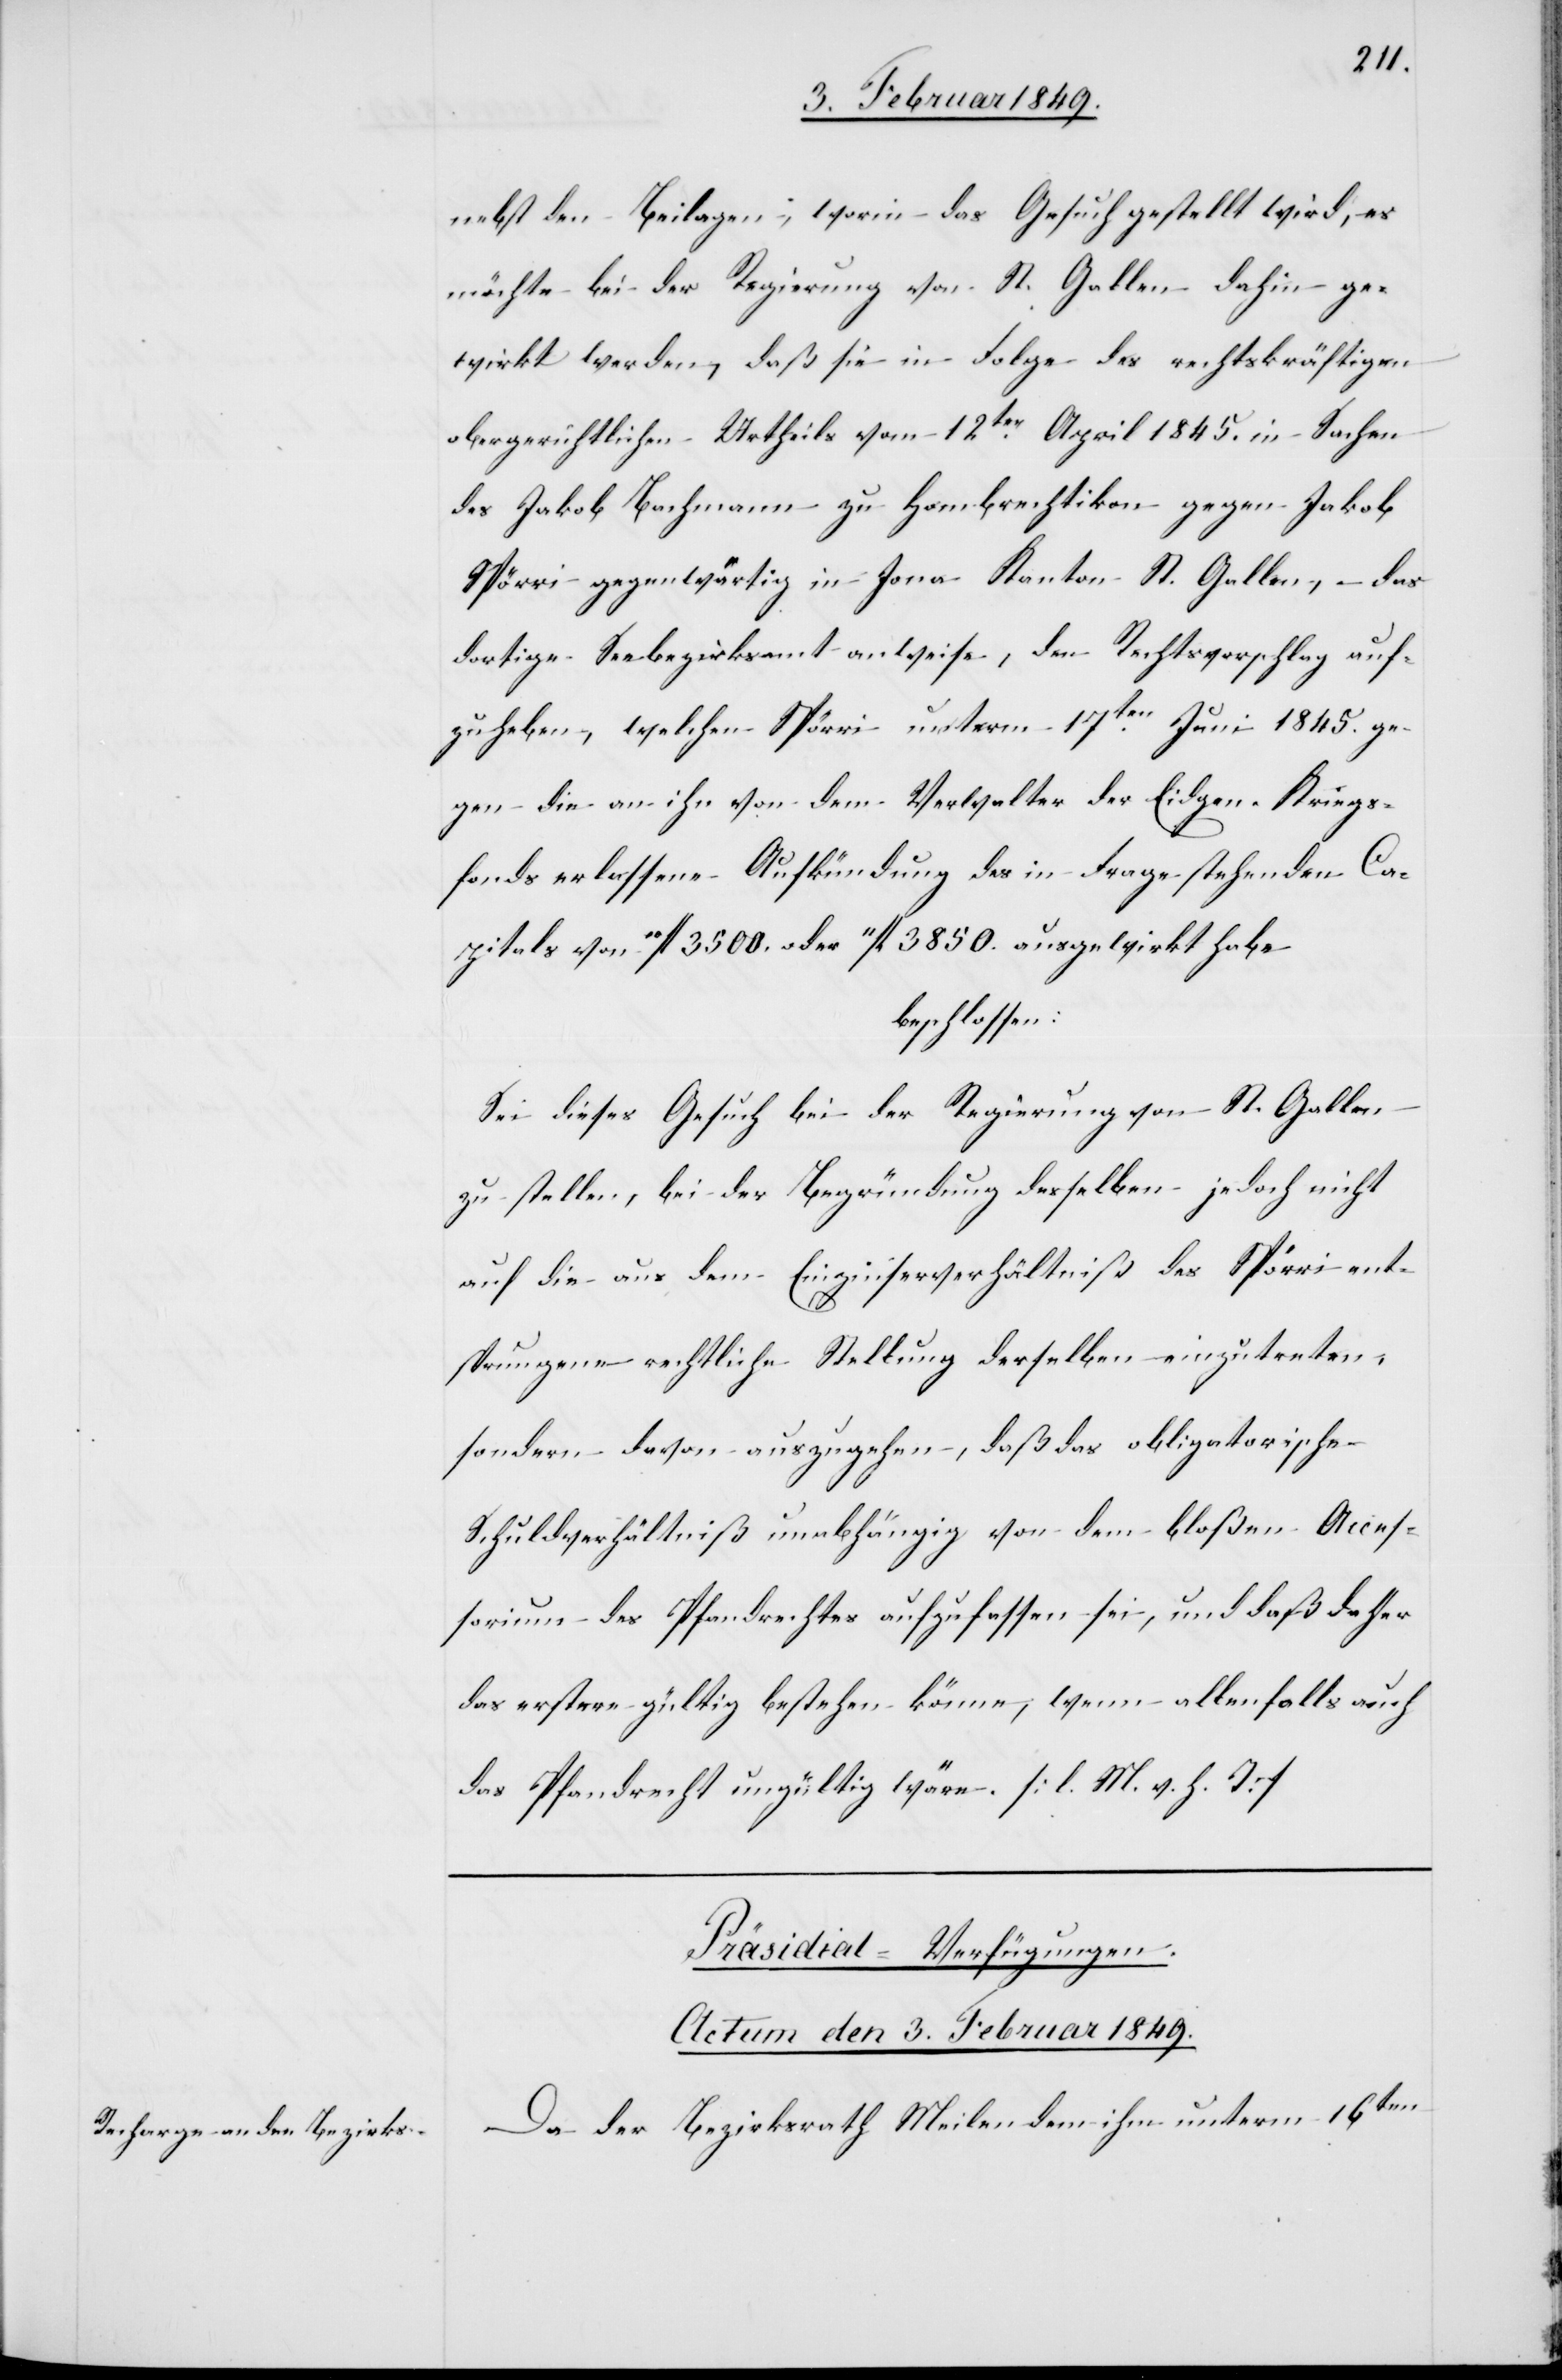
nebst den Beilagen, worin das Gesuch gestellt wird, es
möchte bei der Regierung von St. Gallen dahin ge¬
wirkt werden, daß sie in Folge des rechtskräftigen
obergerichtlichen Urtheils vom 12ten. April 1845. in Sachen
des Jakob Bachmann zu Hombrechtikon gegen Jakob
Spörri gegenwärtig in Jona Kanton St. Gallen, das
dortige Seebezirksamt anweise, den Rechtsvorschlag auf¬
zuheben, welchen Spörri unterm 17ten. Juni 1845. ge¬
gen die an ihn von dem Verwalter der Eidgen. Kriegs¬
fonds erlassene Aufkündung des in Frage stehenden Ca¬
pitals von “fl. 3500. oder “fl. 3850. ausgewirkt habe
beschlossen:
Sei dieses Gesuch bei der Regierung von St. Gallen
zu stellen, bei der Begründung desselben jedoch nicht
auf die aus dem Einzinserverhältniß des Spörri ent¬
sprungene rechtliche Stellung desselben einzutreten,
sondern davon auszugehen, daß das obligatorische
Schuldverhältniß unabhängig von dem bloßen Acces¬
sorium des Pfandrechtes aufzufassen sei, und daß daher
das erstere gültig bestehen könne, wenn allenfalls auch
das Pfandrecht ungültig wäre. [l. M. v. h. T]
Präsidial-Verfügungen.
Actum den 3. Februar 1849.
Da der Bezirksrath Meilen dem ihm unterm 16ten.